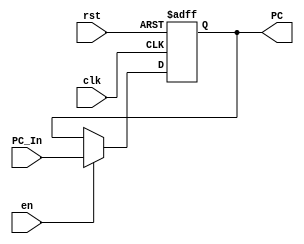
//IFSegRegPC
module IFSegReg(
    input wire clk,
    input wire rst,
    input wire en,
    input wire [31:0] PC_In,
    output reg [31:0] PC
    );
    
    always@(posedge clk or posedge rst)
    begin
        if(rst)
            PC<=32'b0;
        else 
        begin
            if(en)
                PC<=PC_In;
            else
                PC<=PC;        
        end
    end
    
endmodule